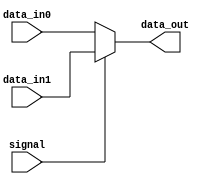
module mux(
    input signal,
    input [15:0] data_in0,
    input [15:0] data_in1,
    output reg [15:0] data_out
);

always @(*) begin
    if (signal)
        data_out = data_in1;
    else
        data_out = data_in0;
end

endmodule